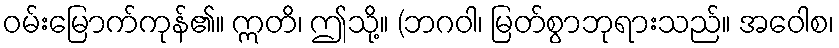
ဝမ်းမြောက်ကုန်၏။ ဣတိ၊ ဤသို့။ (ဘဂဝါ၊ မြတ်စွာဘုရားသည်။ အဝေါစ၊